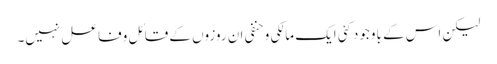
لیکن اس کے باوجودکئی ایک مالکی وحنفی ان روزوں کے قائل وفاعل نہیں۔